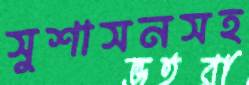
সুশাসনসহ